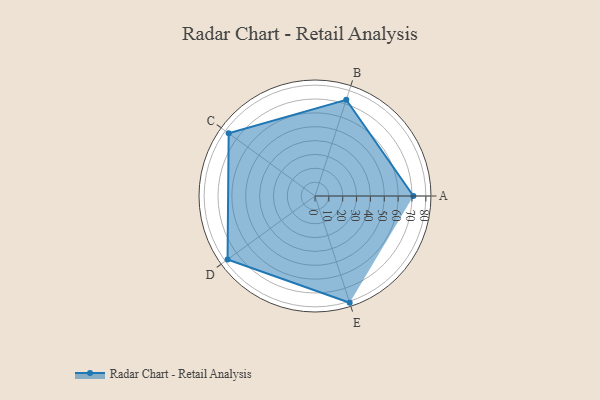
{"axis": {"x": "Skill", "y": "Score"}, "legend": ["Profile"], "data": [{"x": "A", "y": 71.0, "type": "Profile"}, {"x": "B", "y": 73.0, "type": "Profile"}, {"x": "C", "y": 77.0, "type": "Profile"}, {"x": "D", "y": 78.0, "type": "Profile"}, {"x": "E", "y": 81.0, "type": "Profile"}]}